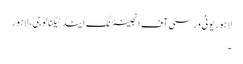
لاہور یونی ورسٹی آف انجینئرنگ اینڈ ٹیکنالوجی، لاہور
۔